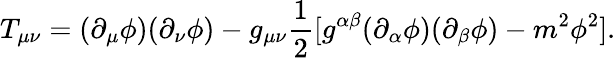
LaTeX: T_{\mu\nu}=(\partial_{\mu}\phi)(\partial_{\nu}\phi)-g_{\mu\nu}\frac{1}{2}[g^{\alpha\beta}(\partial_{\alpha}\phi)(\partial_{\beta}\phi)-m^{2}\phi^{2}].